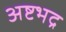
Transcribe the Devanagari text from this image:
अष्टभद्र